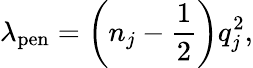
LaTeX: \lambda_{\mathrm{pen}}=\left(n_{j}-\frac{1}{2}\right)q_{j}^{2},